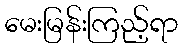
မေးမြန်းကြည့်ရာ